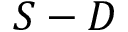
S - D